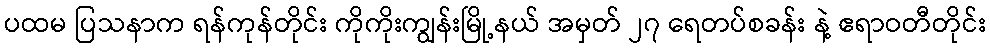
ပထမ ပြသနာက ရန်ကုန်တိုင်း ကိုကိုးကျွန်းမြို့နယ် အမှတ် ၂၇ ရေတပ်စခန်း နဲ့ ဧရာဝတီတိုင်း